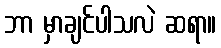
ဘာ မှာချင်ပါသလဲ ဆရာ။